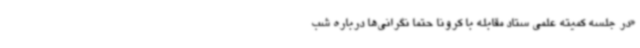
«در جلسه کمیته علمی ستاد مقابله با کرونا حتماً نگرانی‌ها درباره شب